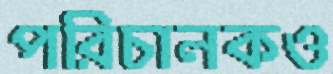
পরিচালকও